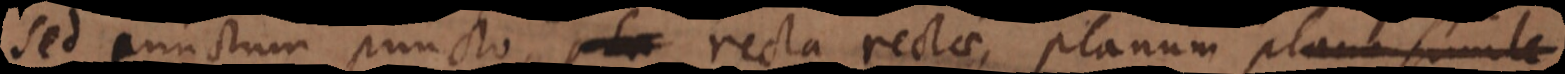
sed punctum puncto, recta rectae, planum plano